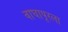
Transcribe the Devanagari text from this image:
वाघापूरला